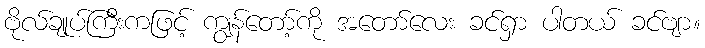
ဗိုလ်ချုပ်ကြီးကဖြင့် ကျွန်တော့်ကို အတော်လေး ခင်ရှာ ပါတယ် ခင်ဗျာ။